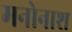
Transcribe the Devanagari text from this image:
मनोनाश